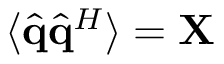
\langle \widehat { \mathbf { q } } \widehat { \mathbf { q } } ^ { H } \rangle = \mathbf { X }